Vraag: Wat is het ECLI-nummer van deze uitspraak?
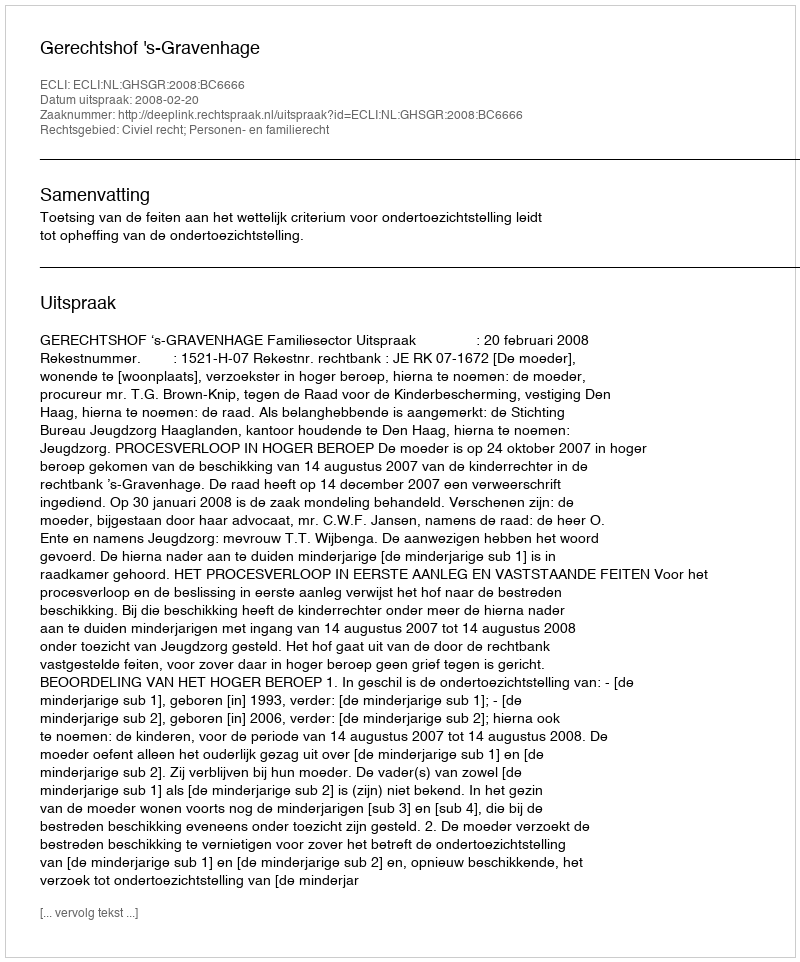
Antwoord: ECLI:NL:GHSGR:2008:BC6666